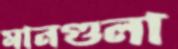
মানগুলা